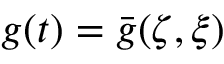
g ( t ) = \bar { g } ( \zeta , \xi )